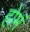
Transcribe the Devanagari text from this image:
होमं